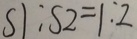
S 1 : S 2 = 1 : 2